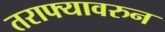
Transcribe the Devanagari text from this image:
तराफ्यावरुन